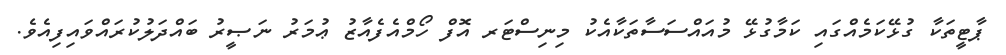
ޕާޓީތަކާ ގުޅޭކަމެއްގައި ކަމާގުޅޭ މުއައްސަސާތަކާއެކު މިނިސްޓަރ އޮފް ހޯމްއެފެއާޒު ޢުމަރު ނަޞީރު ބައްދަލުކުރައްވައިފިއެވެ.